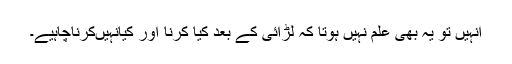
اُنہیں تو یہ بھی علم نہیں ہوتا کہ لڑائی کے بعد کیا کرنا اور کیانہیںکرناچاہیے۔